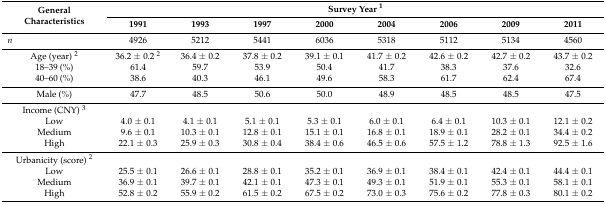
<table><thead><tr><td rowspan="2"><b>General Characteristics</b></td><td colspan="8"><b>Survey Year <sup>1</sup></b></td></tr><tr><td><b>1991</b></td><td><b>1993</b></td><td><b>1997</b></td><td><b>2000</b></td><td><b>2004</b></td><td><b>2006</b></td><td><b>2009</b></td><td><b>2011</b></td></tr></thead><tbody><tr><td><i>n</i></td><td>4926</td><td>5212</td><td>5441</td><td>6036</td><td>5318</td><td>5112</td><td>5134</td><td>4560</td></tr><tr><td>Age (year) <sup>2</sup></td><td>36.2 ± 0.2 <sup>2</sup></td><td>36.4 ± 0.2</td><td>37.8 ± 0.2</td><td>39.1 ± 0.1</td><td>41.7 ± 0.2</td><td>42.6 ± 0.2</td><td>42.7 ± 0.2</td><td>43.7 ± 0.2</td></tr><tr><td>18–39 (%)</td><td>61.4</td><td>59.7</td><td>53.9</td><td>50.4</td><td>41.7</td><td>38.3</td><td>37.6</td><td>32.6</td></tr><tr><td>40–60 (%)</td><td>38.6</td><td>40.3</td><td>46.1</td><td>49.6</td><td>58.3</td><td>61.7</td><td>62.4</td><td>67.4</td></tr><tr><td>Male (%)</td><td>47.7</td><td>48.5</td><td>50.6</td><td>50.0</td><td>48.9</td><td>48.5</td><td>48.5</td><td>47.5</td></tr><tr><td>Income (CNY) <sup>3</sup></td><td></td><td></td><td></td><td></td><td></td><td></td><td></td><td></td></tr><tr><td>Low</td><td>4.0 ± 0.1</td><td>4.1 ± 0.1</td><td>5.1 ± 0.1</td><td>5.3 ± 0.1</td><td>6.0 ± 0.1</td><td>6.4 ± 0.1</td><td>10.3 ± 0.1</td><td>12.1 ± 0.2</td></tr><tr><td>Medium</td><td>9.6 ± 0.1</td><td>10.3 ± 0.1</td><td>12.8 ± 0.1</td><td>15.1 ± 0.1</td><td>16.8 ± 0.1</td><td>18.9 ± 0.1</td><td>28.2 ± 0.1</td><td>34.4 ± 0.2</td></tr><tr><td>High</td><td>22.1 ± 0.3</td><td>25.9 ± 0.3</td><td>30.8 ± 0.4</td><td>38.4 ± 0.6</td><td>46.5 ± 0.6</td><td>57.5 ± 1.2</td><td>78.8 ± 1.3</td><td>92.5 ± 1.6</td></tr><tr><td>Urbanicity (score) <sup>2</sup></td><td></td><td></td><td></td><td></td><td></td><td></td><td></td><td></td></tr><tr><td>Low</td><td>25.5 ± 0.1</td><td>26.6 ± 0.1</td><td>28.8 ± 0.1</td><td>35.2 ± 0.1</td><td>36.9 ± 0.1</td><td>38.4 ± 0.1</td><td>42.4 ± 0.1</td><td>44.4 ± 0.1</td></tr><tr><td>Medium</td><td>36.9 ± 0.1</td><td>39.7 ± 0.1</td><td>42.1 ± 0.1</td><td>47.3 ± 0.1</td><td>49.3 ± 0.1</td><td>51.9 ± 0.1</td><td>55.3 ± 0.1</td><td>58.1 ± 0.1</td></tr><tr><td>High</td><td>52.8 ± 0.2</td><td>55.9 ± 0.2</td><td>61.5 ± 0.2</td><td>67.5 ± 0.2</td><td>73.0 ± 0.3</td><td>75.6 ± 0.2</td><td>77.8 ± 0.3</td><td>80.1 ± 0.2</td></tr></tbody></table>